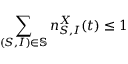
\sum _ { ( S , I ) \in \mathbb { S } } n _ { S , I } ^ { X } ( t ) \leq 1